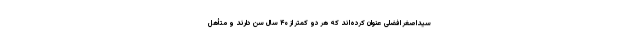
سیداصغر افضلی عنوان کرده‌اند که هر دو کمتر از ۴۰ سال سن دارند و متأهل